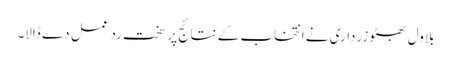
بلاول بھٹو زرداری نے انتخاب کے نتائج پر سخت ردعمل دے ڈالا۔